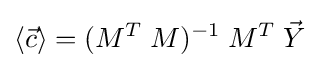
\langle {\vec {c}}\rangle =(M^{T}\;M)^{-1}\;M^{T}\;{\vec {Y}}